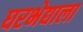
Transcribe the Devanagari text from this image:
घरभेद्याला